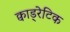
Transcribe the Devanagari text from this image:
क्वाड्रेटिक